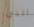
الذي